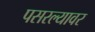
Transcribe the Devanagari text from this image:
पसरल्यावर